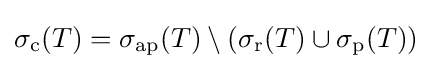
\sigma _{\mathrm {c} }(T)=\sigma _{\mathrm {ap} }(T)\setminus (\sigma _{\mathrm {r} }(T)\cup \sigma _{\mathrm {p} }(T))